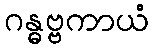
ဂန္ဓဗ္ဗကာယံ